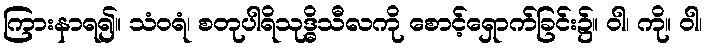
ကြားနာရ၍။ သံဝရံ၊ စတုပါရိသုဒ္ဓိသီလကို စောင့်ရှောက်ခြင်း၌။ ဝါ၊ ကို။ ဝါ၊